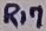
Text: R17